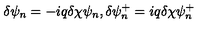
\delta \psi _ { n } = - i q \delta \chi \psi _ { n } , \delta \psi _ { n } ^ { + } = i q \delta \chi \psi _ { n } ^ { + }